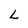
Character: L